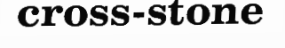
cross-stone